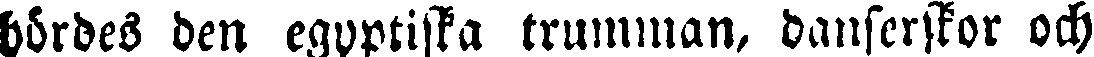
hördes den egyptiska trumman, danserskor och